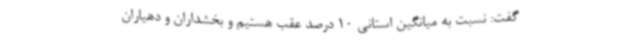
گفت: نسبت به میانگین استانی 10 درصد عقب هستیم و بخشداران و دهیاران